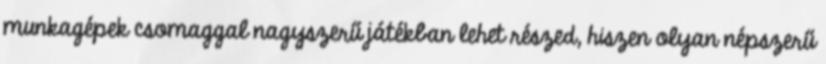
munkagépek csomaggal nagyszerű játékban lehet részed, hiszen olyan népszerű